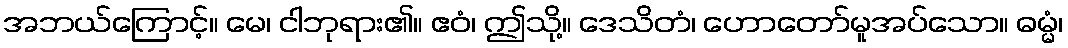
အဘယ်ကြောင့်။ မေ၊ ငါဘုရား၏။ ဧဝံ၊ ဤသို့။ ဒေသိတံ၊ ဟောတော်မူအပ်သော။ ဓမ္မံ၊